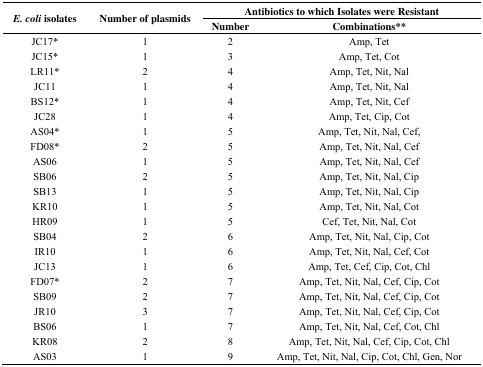
| <ROWSPAN=2> E. coliisolates | <ROWSPAN=2> Number of plasmids | <COLSPAN=2> Antibiotics to which Isolates were Resistant |
 | Number | Combinations** |
 | --- | --- | --- | --- |
 | JC17* | 1 | 2 | Amp, Tet |
 | JC15* | 1 | 3 | Amp, Tet, Cot |
 | LR11* | 2 | 4 | Amp, Tet, Nit, Nal |
 | JC11 | 1 | 4 | Amp, Tet, Nit, Nal |
 | BS12* | 1 | 4 | Amp, Tet, Nit, Cef |
 | JC28 | 1 | 4 | Amp, Tet, Cip, Cot |
 | AS04* | 1 | 5 | Amp, Tet, Nit, Nal, Cef, |
 | FD08* | 2 | 5 | Amp, Tet, Nit, Nal, Cef |
 | AS06 | 1 | 5 | Amp, Tet, Nit, Nal, Cef |
 | SB06 | 2 | 5 | Amp, Tet, Nit, Nal, Cip |
 | SB13 | 1 | 5 | Amp, Tet, Nit, Nal, Cip |
 | KR10 | 1 | 5 | Amp, Tet, Nit, Nal, Cot |
 | HR09 | 1 | 5 | Cef, Tet, Nit, Nal, Cot |
 | SB04 | 2 | 6 | Amp, Tet, Nit, Nal, Cip, Cot |
 | IR10 | 1 | 6 | Amp, Tet, Nit, Nal, Cef, Cot |
 | JC13 | 1 | 6 | Amp, Tet, Cef, Cip, Cot, Chl |
 | FD07* | 2 | 7 | Amp, Tet, Nit, Nal, Cef, Cip, Cot |
 | SB09 | 2 | 7 | Amp, Tet, Nit, Nal, Cef, Cip, Cot |
 | JR10 | 3 | 7 | Amp, Tet, Nit, Nal, Cef, Cip, Cot |
 | BS06 | 1 | 7 | Amp, Tet, Nit, Nal, Cef, Cot, Chl |
 | KR08 | 2 | 8 | Amp, Tet, Nit, Nal, Cef, Cip, Cot, Chl |
 | AS03 | 1 | 9 | Amp, Tet, Nit, Nal, Cip, Cot, Chl, Gen, Nor |